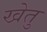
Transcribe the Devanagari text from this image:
खेतु